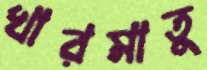
খারমাতু